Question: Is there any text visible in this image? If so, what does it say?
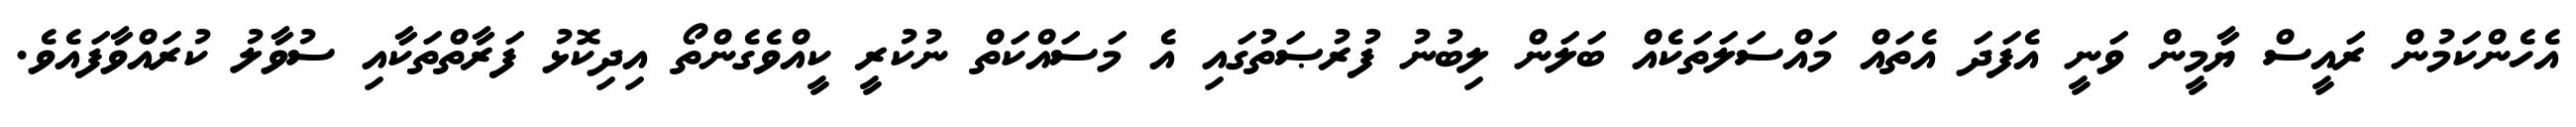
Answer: އެހެންކަމުން ރައީސް ޔާމީން ވަނީ އެފަދަ އެތައް މައްސަލަތަކެއް ބަލަން ލިބުނު ފުރުޞަތުގައި އެ މަސައްކަތް ނުކުރީ ކީއްވެގެންތޯ އިދިކޮޅު ފަރާތްތަކާއި ސުވާލު ކުރައްވާފައެވެ.